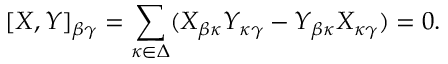
[ X , Y ] _ { \beta \gamma } = \sum _ { \kappa \in \Delta } ( X _ { \beta \kappa } Y _ { \kappa \gamma } - Y _ { \beta \kappa } X _ { \kappa \gamma } ) = 0 .